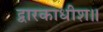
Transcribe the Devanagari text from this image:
द्वारकाधीश॥